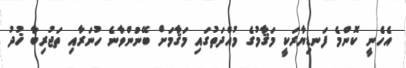
އެހެނީ ކޮންމެ ފަނޑިޔާރަކީ މަޤާމުގެ މުއްދަތުގައި މަޤާމަށް ބޭނުންވާނެ ހުނަރާއި ތަޖުރިބާ ޚުދު